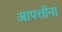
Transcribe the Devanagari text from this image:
आपत्तीना